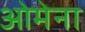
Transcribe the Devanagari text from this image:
ओमेना